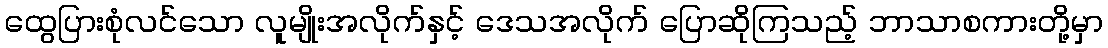
ထွေပြားစုံလင်သော လူမျိုးအလိုက်နှင့် ဒေသအလိုက် ပြောဆိုကြသည့် ဘာသာစကားတို့မှာ